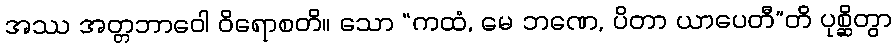
အဿ အတ္တဘာဝေါ ဝိရောစတိ။ သော “ကထံ, မေ ဘဏေ, ပိတာ ယာပေတီ”တိ ပုစ္ဆိတွာ